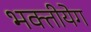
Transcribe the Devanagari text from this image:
भक्तीयेग